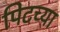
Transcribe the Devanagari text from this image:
पिटच्या